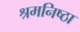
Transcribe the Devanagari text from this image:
श्रमनिष्ठा